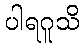
ပါရဂူသိ